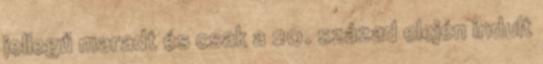
jellegű maradt és csak a 20. század elején indult